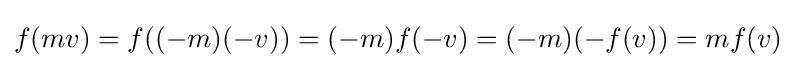
f(mv)=f((-m)(-v))=(-m)f(-v)=(-m)(-f(v))=mf(v)